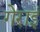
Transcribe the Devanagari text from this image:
गेराई